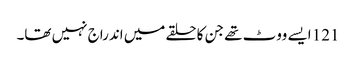
121 ایسے ووٹ تھے جن کا حلقے میں اندراج نہیں تھا۔